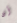
أن